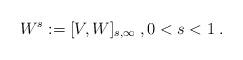
LaTeX: \begin{align*} W^s := [V,W]_{s,\infty}\;,0<s<1 \;.\end{align*}